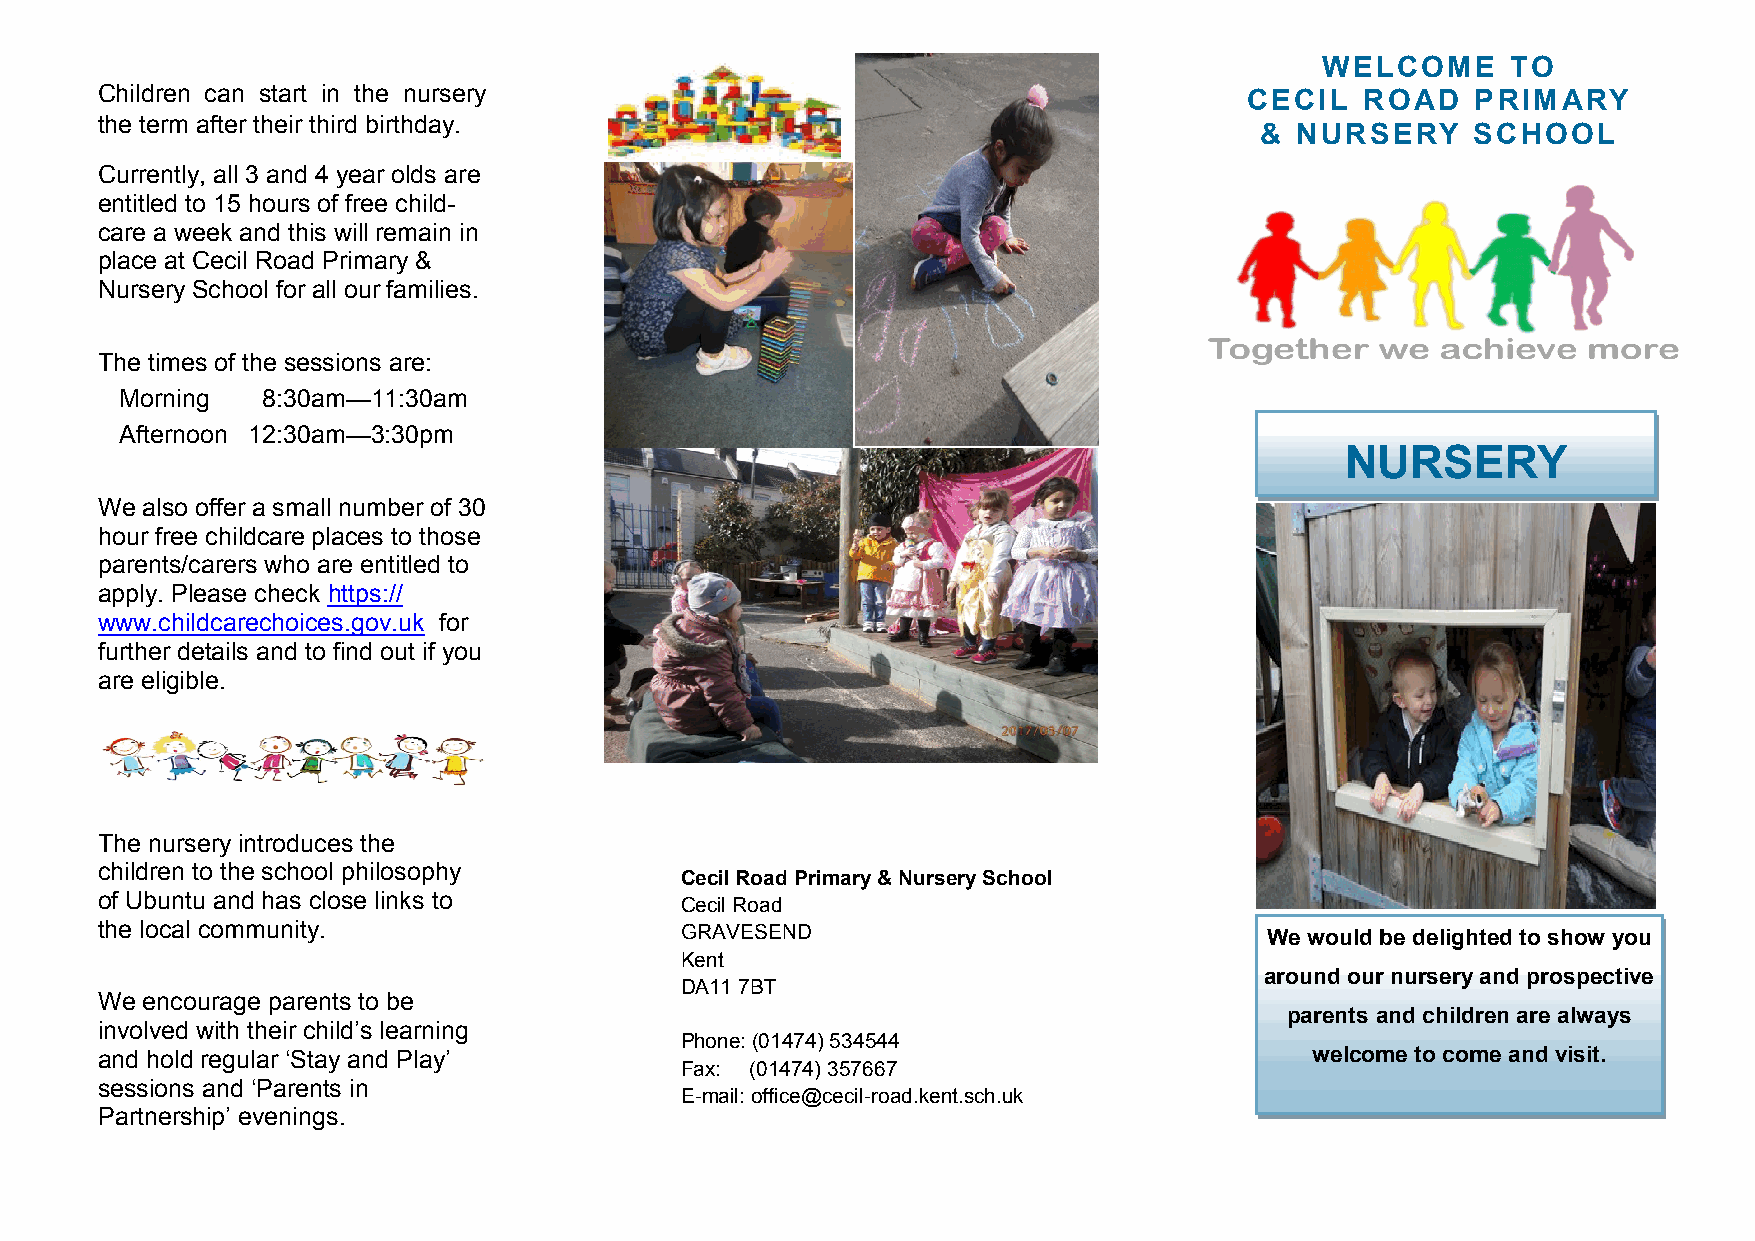
WELCOME      TO
 Children can start in the nursery                                           CECIL  ROAD    PRIMARY
 the term after their third birthday.
 &  NURSERY    SCHOOL
 Currently, all 3 and 4 year olds are
 entitled to 15 hours of free child-
 care a week and this will remain in
 place at Cecil Road Primary &
 Nursery School for all our families.
 The times of the sessions are:
 Morning  8:30am—11:30am
 Afternoon 12:30am—3:30pm
 NURSERY
 We also offer a small number of 30
 hour free childcare places to those
 parents/carers who are entitled to
 apply. Please check https://
 www.childcarechoices.gov.uk for
 further details and to find out if you
 are eligible.
 The nursery introduces the
 children to the school philosophy
 Cecil Road Primary & Nursery School
 of Ubuntu and has close links to      Cecil Road
 the local community.                  GRAVESEND                              We would be delighted to show you
 Kent
 around our nursery and prospective
 DA11 7BT
 We encourage parents to be
 parents and children are always
 involved with their child’s learning
 Phone: (01474) 534544
 and hold regular ‘Stay and Play’                                                welcome to come and visit.
 Fax: (01474) 357667
 sessions and ‘Parents in
 E-mail: office@cecil-road.kent.sch.uk
 Partnership’ evenings.